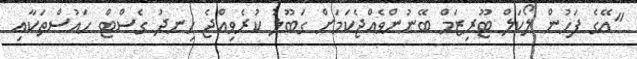
"އޭގެ ފަހުން ލޯކަލް ޓޫރިޒަމް ބޭނުންވެއްޖެކަމަށް ގަބޫލު ކުރެވިއްޖެ ހިނދު ގެސްޓް ހައުސްތަކާއި